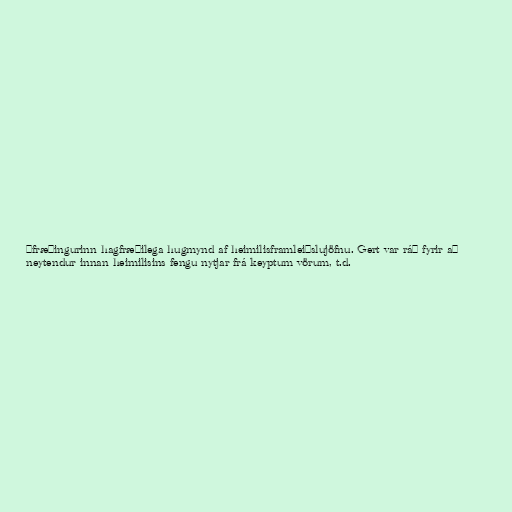
ðfræðingurinn hagfræðilega hugmynd af heimilisframleiðslujöfnu. Gert var ráð fyrir að
neytendur innan heimilisins fengu nytjar frá keyptum vörum, t.d.